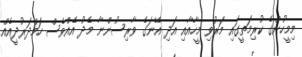
މިމީހުންގެ ކުރިމަތީގައި މަރުވި މީހާއާއި އަދި އޭނަގެ ވާރިސުންނާ މެދު އެއްވެސް ހަމްދަރުދީއެއް